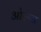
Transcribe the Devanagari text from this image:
ओरूच